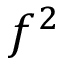
f ^ { 2 }